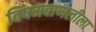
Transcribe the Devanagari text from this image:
विषमबाणलीला